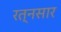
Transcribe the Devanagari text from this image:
रत्नसार